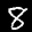
Label: 8